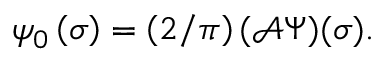
\psi _ { 0 } \left( \sigma \right) = \left( 2 / \pi \right) ( \mathcal { A } \Psi ) ( \sigma ) .